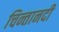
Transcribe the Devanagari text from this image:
चिन्तानदी